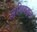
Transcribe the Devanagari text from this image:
अभिवहन